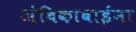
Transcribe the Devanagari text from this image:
अंबिकाबाईंना